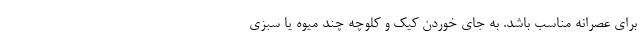
برای عصرانه مناسب باشد. به جای خوردن کیک و کلوچه چند میوه یا سبزی